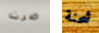
صرت شحنة